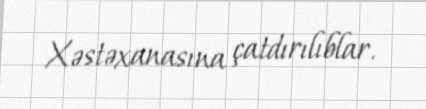
Xəstəxanasına çatdırılıblar.